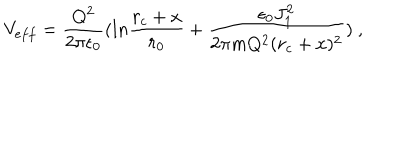
V _ { e f f } = { \frac { Q ^ { 2 } } { 2 \pi \epsilon _ { 0 } } } ( l n { \frac { r _ { c } + x } { r _ { 0 } } } + { \frac { \epsilon _ { 0 } J _ { 1 } ^ { 2 } } { 2 \pi m Q ^ { 2 } ( r _ { c } + x ) ^ { 2 } } } ) ~ ,